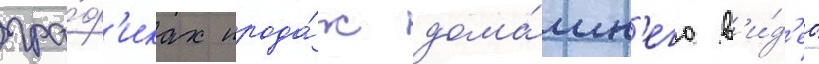
гра́ф'иках прода́ж дома́шн'его в'и́д'ео